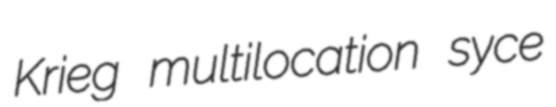
Krieg multilocation syce